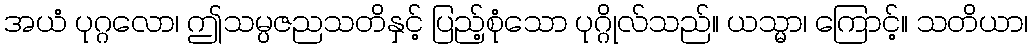
အယံ ပုဂ္ဂလော၊ ဤသမ္ပဇညသတိနှင့် ပြည့်စုံသော ပုဂ္ဂိုလ်သည်။ ယသ္မာ၊ ကြောင့်။ သတိယာ၊